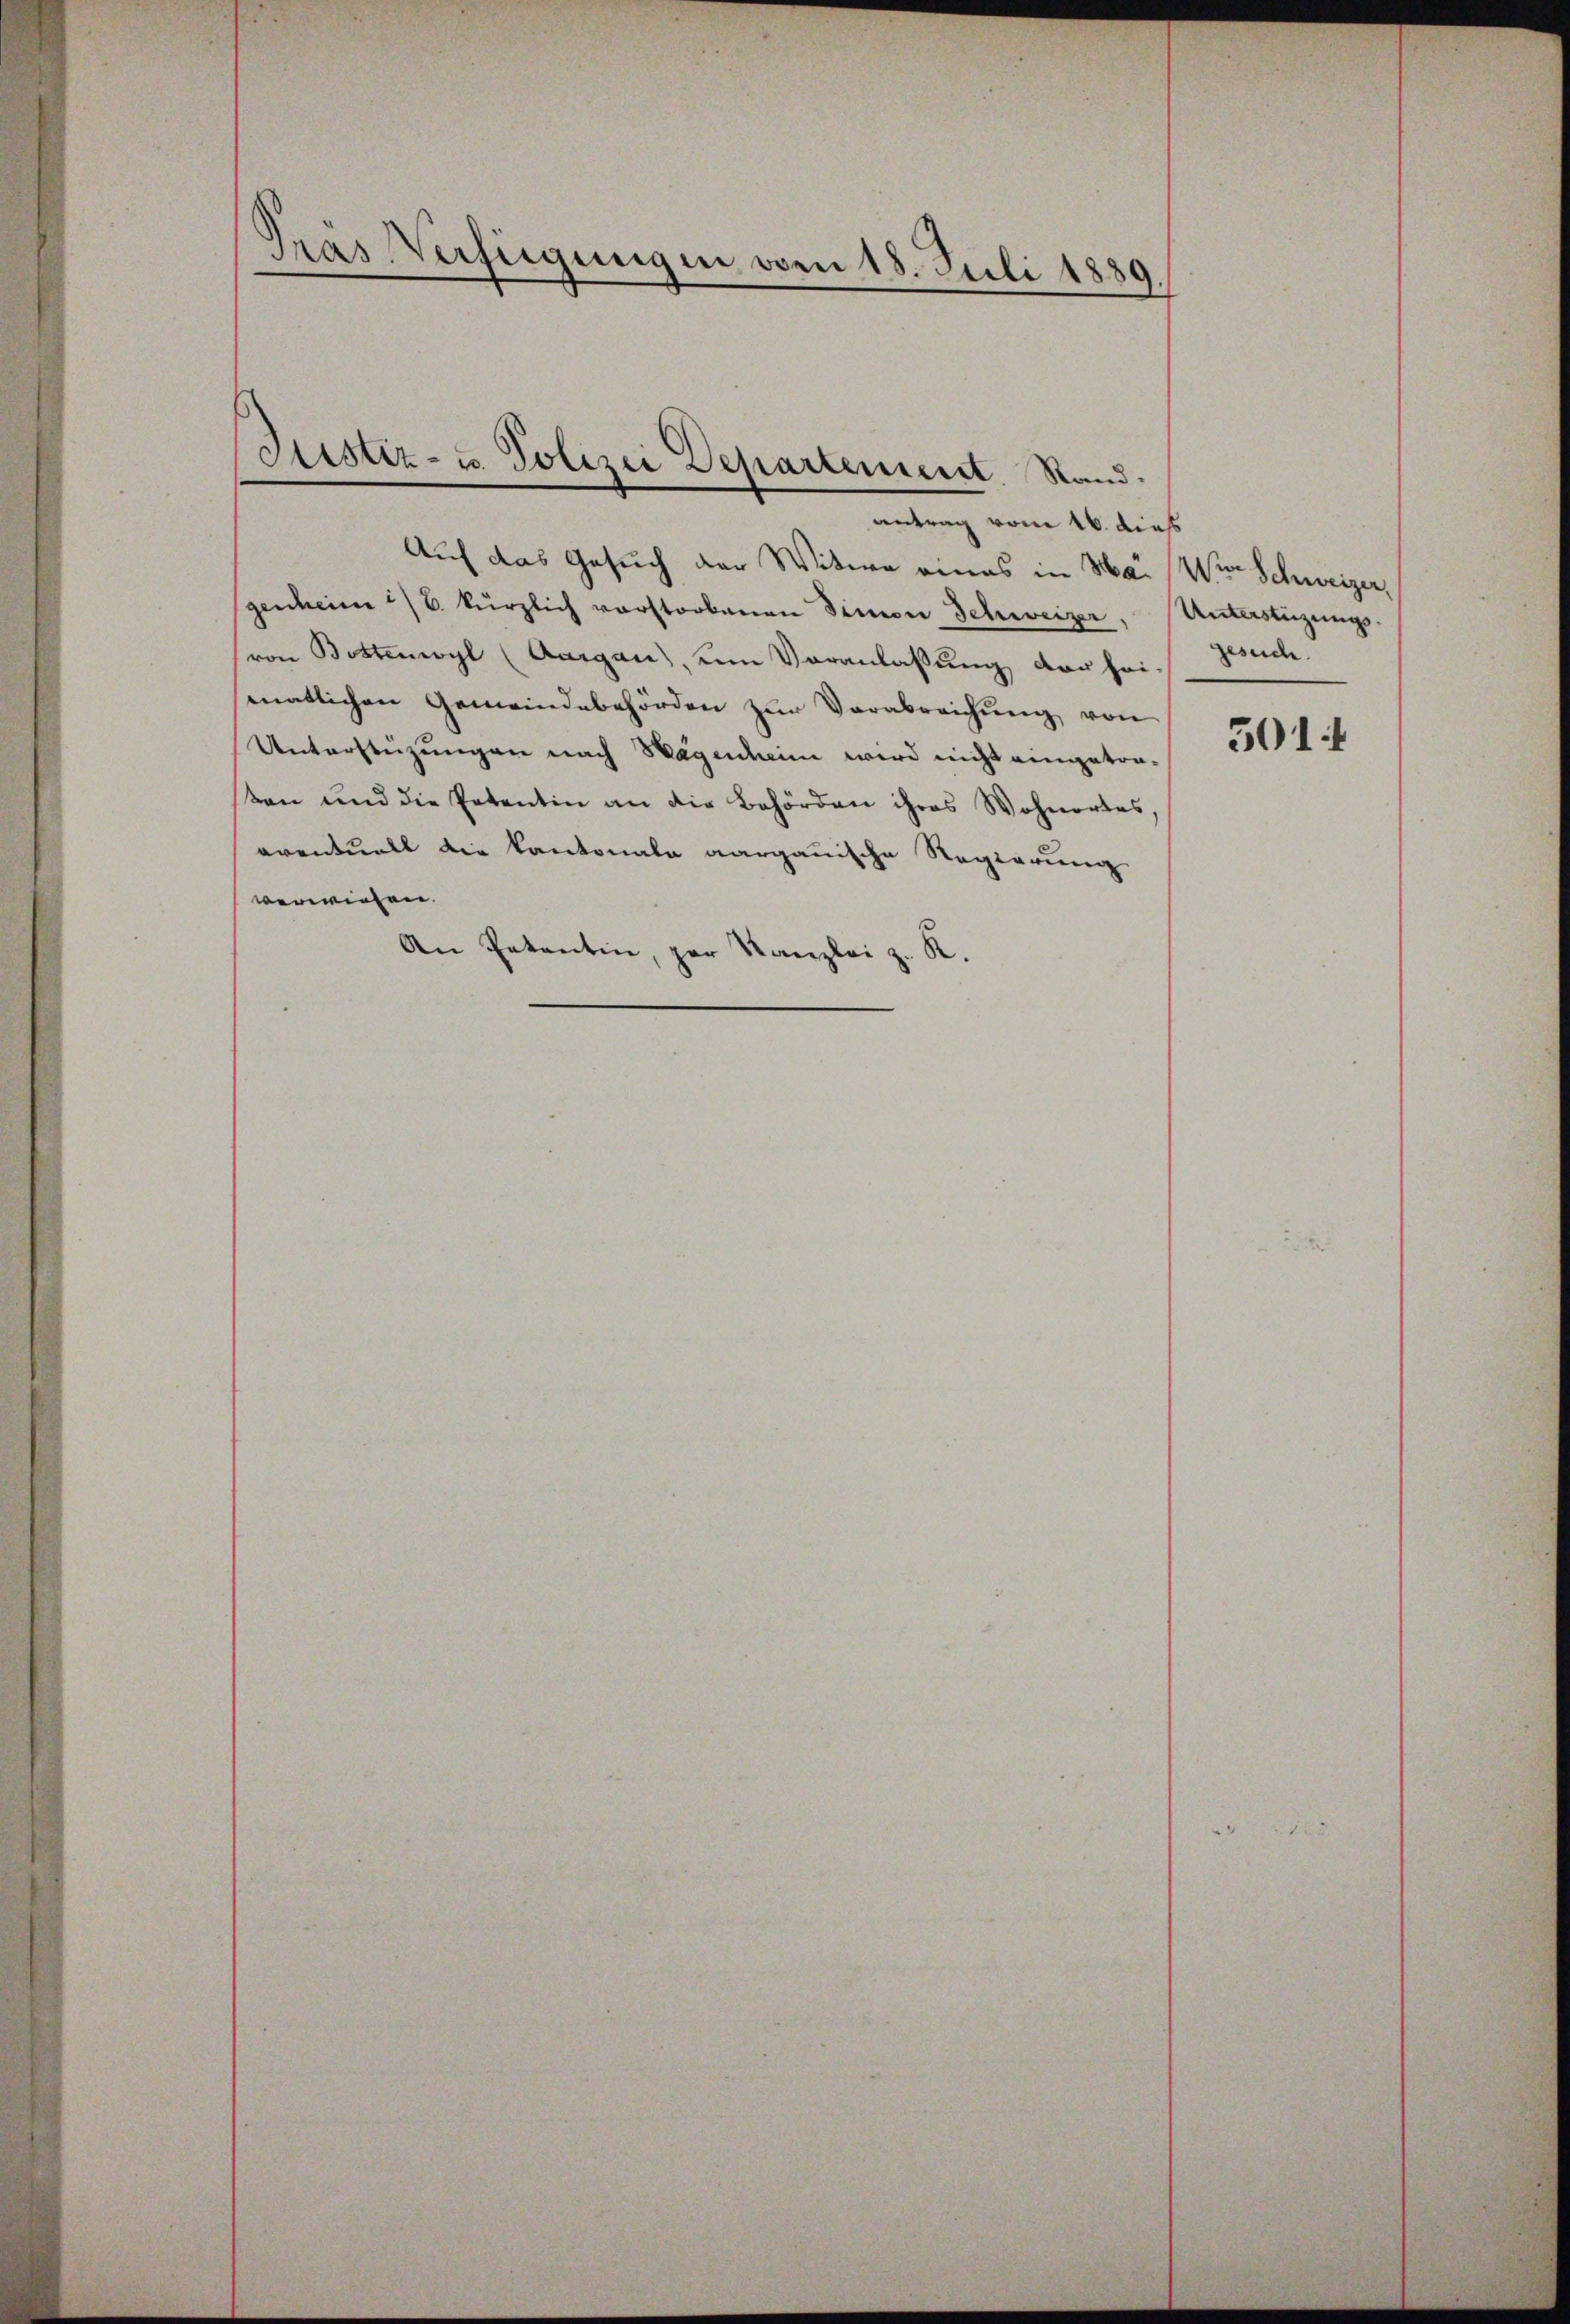
Pras Verfügungen vom 18. Juli 1880
I

antrag vom 16. dieß
Auf das Gesuch der Witwe eines in Mai Wie Schweizer,
genheim 1/6. kürzlich verstorbenen Simon Schweizer,
von Bostenwyl (Aargau, um Veranlassung der hei-
senatlichen Gemeindebehörden zŭr Verabreichŭng von
Unterstüzungen nach Wagenheim wird nicht eingetraten und die Petentin an die Behörden ihres Wohnortes
oventuell die Kantonale aargauische Regierung
verwiesen.
An Petentin, par Kanzlei z. K.

Sistiz- u. Polizei Departement. Stand.

Unterstüzungsgesuch.

501 f